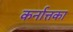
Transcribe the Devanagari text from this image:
कर्नात्तका